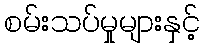
စမ်းသပ်မှုများနှင့်